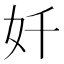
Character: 奷